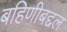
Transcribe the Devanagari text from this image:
बहिणीबद्दल